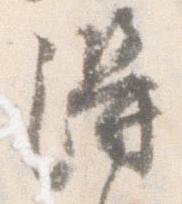
得